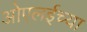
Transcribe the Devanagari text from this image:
ओएलईच्या